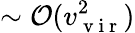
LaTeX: \sim\mathcal{O}(v_{\mathrm{~v~i~r~}}^{2})